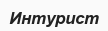
Интурист